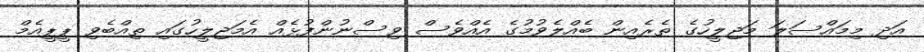
އަދި މިމައްސަލަ މަޖިލީހުގެ ތެރެއިން ބެއްލެވުމުގެ އެއްވެސް ވިސްނުންފުޅެއް އެމަޖިލީހުގައި ތިއްބެވި ޕީޕީއެމް